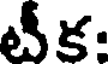
టీక: